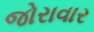
જોરાવાર